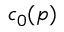
c _ { 0 } ( \mathfrak Ḋ p Ḍ )